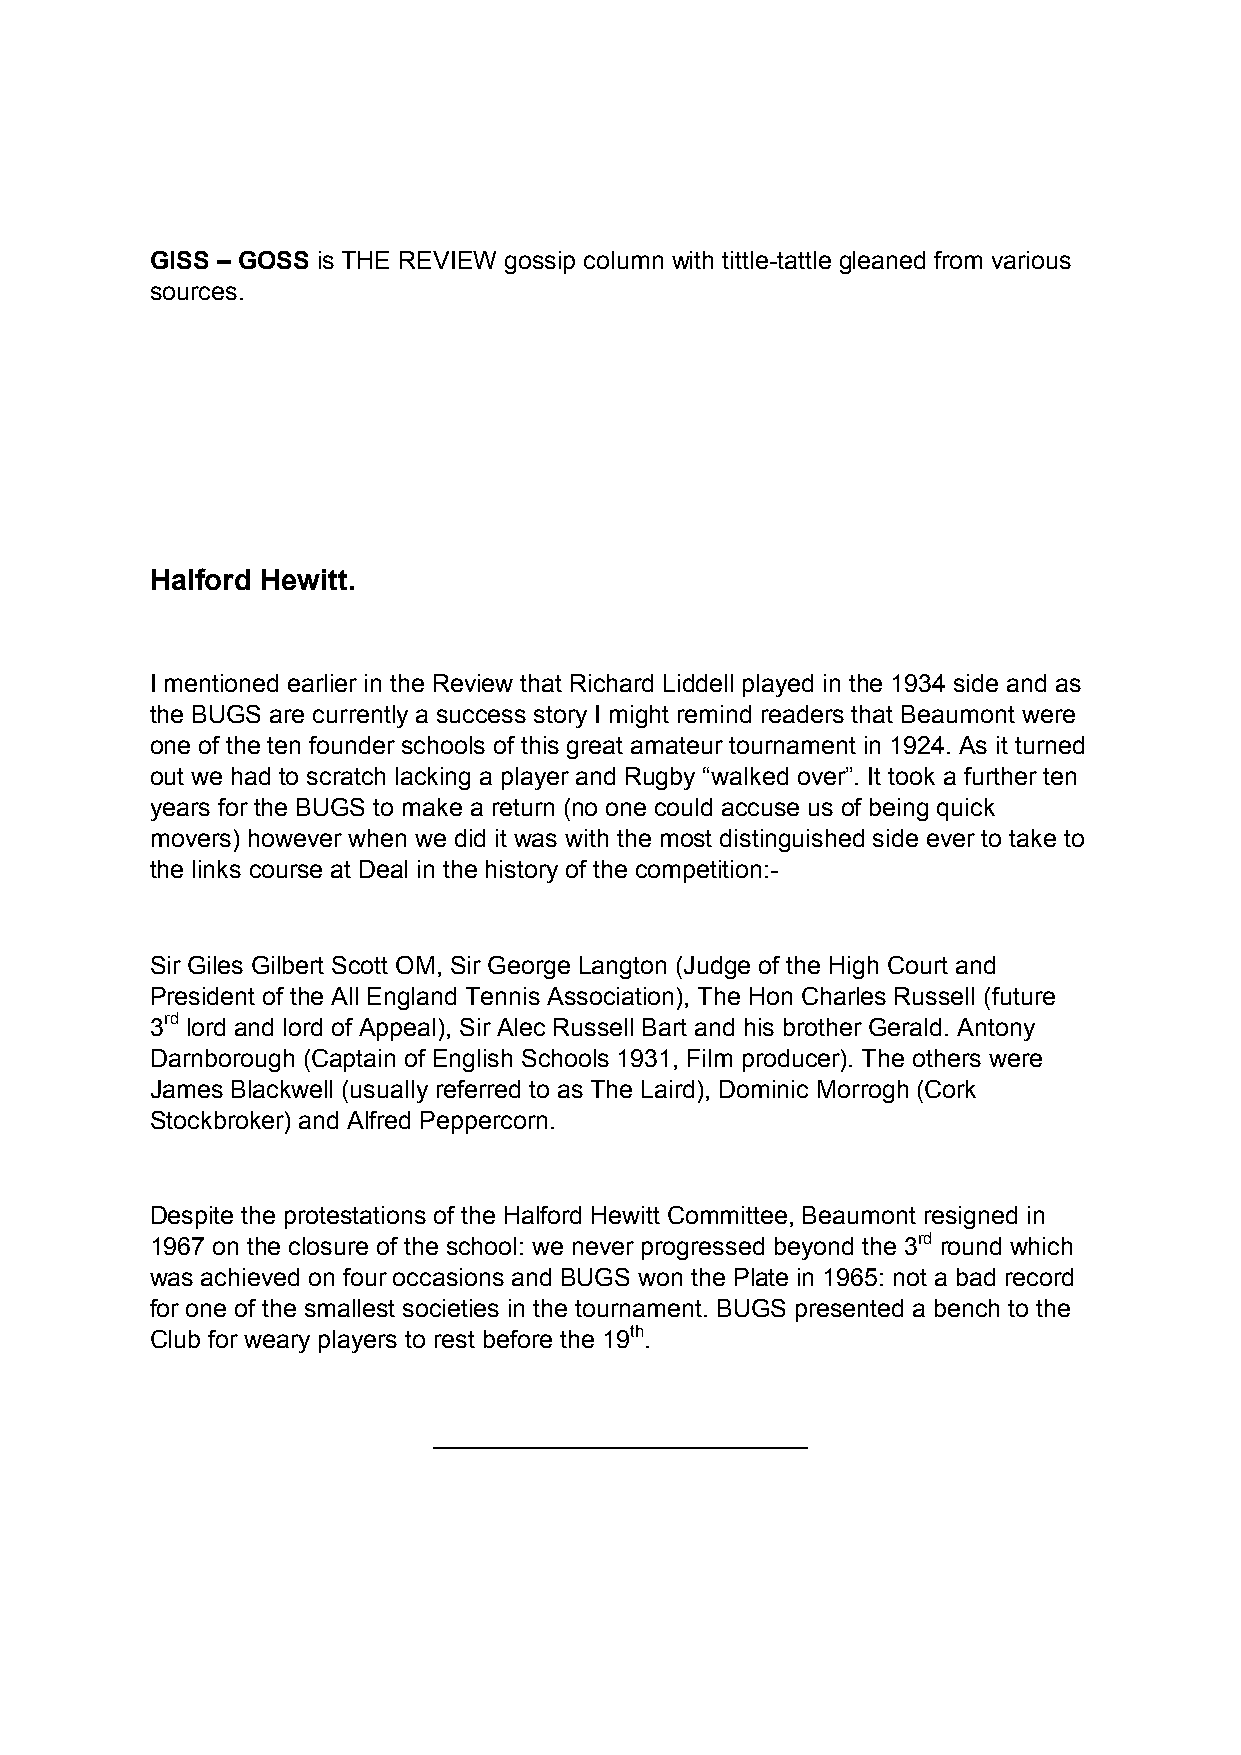
GISS – GOSS is THE REVIEW gossip column with tittle-tattle gleaned from various
 sources.
 Halford Hewitt.
 I mentioned earlier in the Review that Richard Liddell played in the 1934 side and as
 the BUGS are currently a success story I might remind readers that Beaumont were
 one of the ten founder schools of this great amateur tournament in 1924. As it turned
 out we had to scratch lacking a player and Rugby “walked over”. It took a further ten
 years for the BUGS to make a return (no one could accuse us of being quick
 movers) however when we did it was with the most distinguished side ever to take to
 the links course at Deal in the history of the competition:-
 Sir Giles Gilbert Scott OM, Sir George Langton (Judge of the High Court and
 President of the All England Tennis Association), The Hon Charles Russell (future
 3rd lord and lord of Appeal), Sir Alec Russell Bart and his brother Gerald. Antony
 Darnborough (Captain of English Schools 1931, Film producer). The others were
 James Blackwell (usually referred to as The Laird), Dominic Morrogh (Cork
 Stockbroker) and Alfred Peppercorn.
 Despite the protestations of the Halford Hewitt Committee, Beaumont resigned in
 1967 on the closure of the school: we never progressed beyond the 3rd round which
 was achieved on four occasions and BUGS won the Plate in 1965: not a bad record
 for one of the smallest societies in the tournament. BUGS presented a bench to the
 Club for weary players to rest before the 19th.
 ___________________________